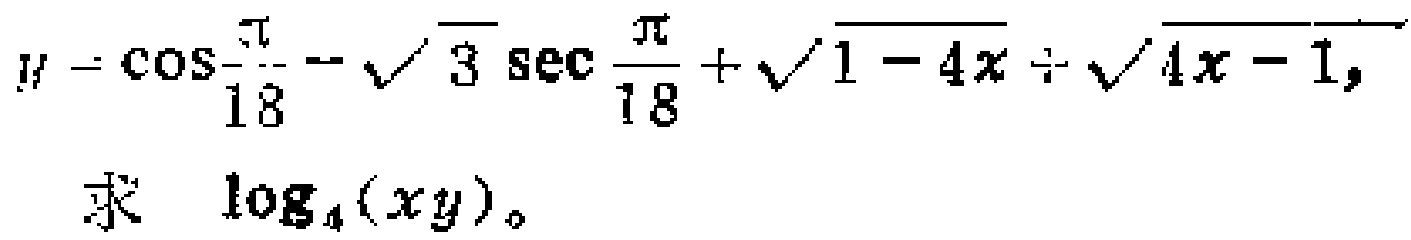
$y = \cos\frac{\pi}{18}-\sqrt{3}\sec\frac{\pi}{18}+\sqrt{1 - 4x}\div\sqrt{4x - 1},$

求 $\log_{4}(xy)$。